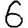
Digit: 6